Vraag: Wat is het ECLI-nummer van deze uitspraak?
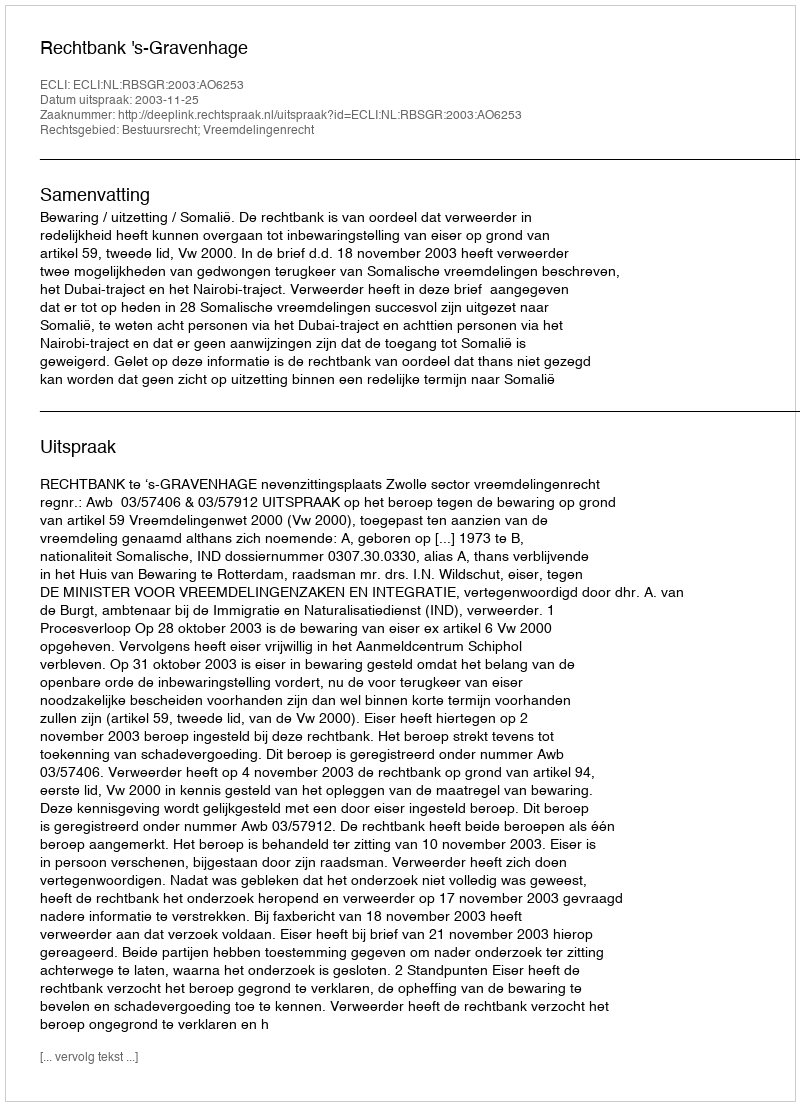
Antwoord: ECLI:NL:RBSGR:2003:AO6253